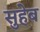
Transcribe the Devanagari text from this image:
सुहेब